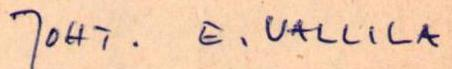
JOHT. E. VALLILA